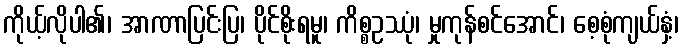
ကိုယ့်လိုပါ၏၊ အာဏာပြင်းပြ၊ ပိုင်စိုးရမူ၊ ကိစ္စဥဿုံ၊ မှုကုန်စင်အောင်၊ စေ့စုံကျယ်နှံ့၊